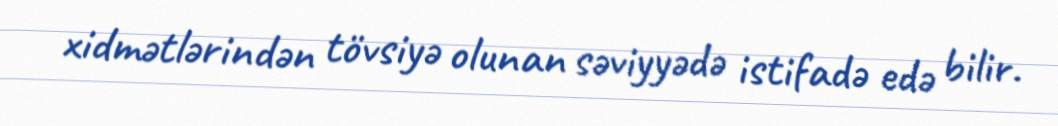
xidmətlərindən tövsiyə olunan səviyyədə istifadə edə bilir.